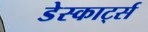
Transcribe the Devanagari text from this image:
डेस्कार्ट्स